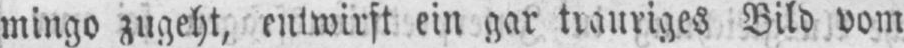
mingo zugeht, entwirft ein gar trauriges Bild vom